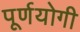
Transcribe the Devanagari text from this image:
पूर्णयोगी